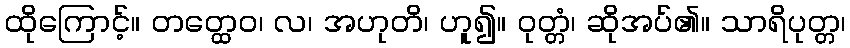
ထိုကြောင့်။ တတ္ထေဝ၊ လ၊ အဟုတိ၊ ဟူ၍။ ဝုတ္တံ၊ ဆိုအပ်၏။ သာရိပုတ္တ၊